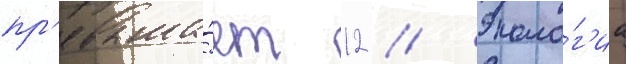
пр'евыша́ет 12 // Эколо́г'иа